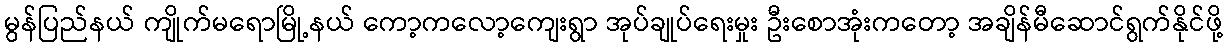
မွန်ပြည်နယ် ကျိုက်မရောမြို့နယ် ကော့ကလော့ကျေးရွာ အုပ်ချုပ်ရေးမှုး ဦးစောအုံးကတော့ အချိန်မီဆောင်ရွက်နိုင်ဖို့